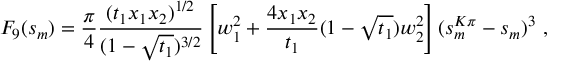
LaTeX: F _ { 9 } ( s _ { m } ) = \frac { \pi } { 4 } \frac { ( t _ { 1 } x _ { 1 } x _ { 2 } ) ^ { 1 / 2 } } { ( 1 - \sqrt { t _ { 1 } } ) ^ { 3 / 2 } } \left[ w _ { 1 } ^ { 2 } + \frac { 4 x _ { 1 } x _ { 2 } } { t _ { 1 } } ( 1 - \sqrt { t _ { 1 } } ) w _ { 2 } ^ { 2 } \right] ( s _ { m } ^ { K \pi } - s _ { m } ) ^ { 3 } ~ ,